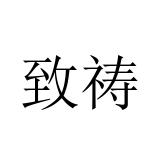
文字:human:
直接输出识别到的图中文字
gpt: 致祷